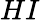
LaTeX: HI